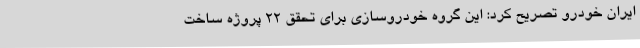
ایران خودرو تصریح کرد: این گروه خودروسازی برای تحقق 22 پروژه ساخت